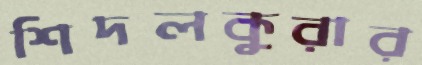
শিদলকুরার